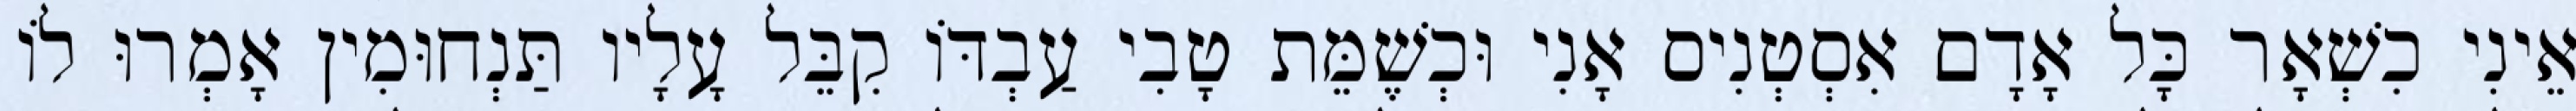
אֵינִי כִשְׁאָר כָּל אָדָם אִסְטְנִיס אָנִי וּכְשֶׁמֵּת טָבִי עַבְדּוֹ קִבֵּל עָלָיו תַּנְחוּמִין אָמְרוּ לוֹ